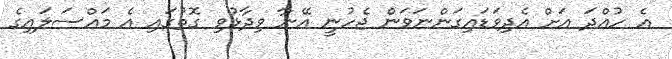
އެ ހުއްދަ އަަށް އެދިވަޑައިގަންނަވަން ޖެހުނީ އޭނާ ވިދާޅުވި ގޮތުގައި އެ މައްސަލައިގެ